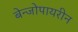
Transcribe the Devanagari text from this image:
बेन्जोपायरीन